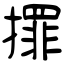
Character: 𢶀